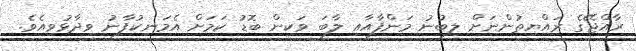
ރާއްޖޭގެ ރައްޔިތުންނަށް ލިބުނު މަންފާއާއި ލާބަ ވަކިން ބޮޑު ކަމަށް އެމަނިކުފާނު ވިދާޅުވިއެވެ.